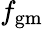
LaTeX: f_{\textrm{gm}}